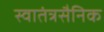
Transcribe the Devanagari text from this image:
स्वातंत्रसैनिक